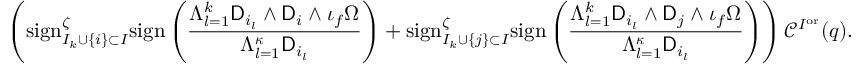
\left( \mathrm { s i g n } _ { I _ { k } \cup \{ i \} \subset I } ^ { \zeta } \mathrm { s i g n } \left( \frac { \Lambda _ { l = 1 } ^ { k } \mathsf { D } _ { i _ { l } } \wedge \mathsf { D } _ { i } \wedge \iota _ { f } \Omega } { \Lambda _ { l = 1 } ^ { { \boldsymbol { \kappa } } } \mathsf { D } _ { i _ { l } } } \right) + \mathrm { s i g n } _ { I _ { k } \cup \{ j \} \subset I } ^ { \zeta } \mathrm { s i g n } \left( \frac { \Lambda _ { l = 1 } ^ { k } \mathsf { D } _ { i _ { l } } \wedge \mathsf { D } _ { j } \wedge \iota _ { f } \Omega } { \Lambda _ { l = 1 } ^ { { \boldsymbol { \kappa } } } \mathsf { D } _ { i _ { l } } } \right) \right) \mathcal { C } ^ { I ^ { \mathrm { o r } } } ( q ) .